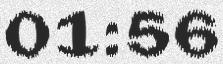
01:56